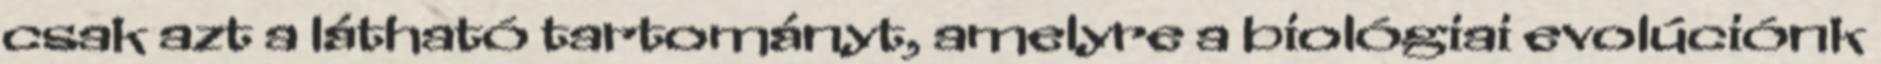
csak azt a látható tartományt, amelyre a biológiai evolúciónk